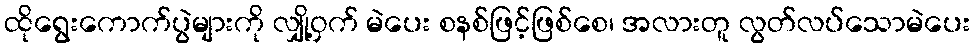
ထိုရွေးကောက်ပွဲများကို လျှို့ဝှက် မဲပေး စနစ်ဖြင့်ဖြစ်စေ၊ အလားတူ လွတ်လပ်သောမဲပေး